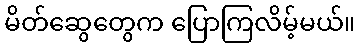
မိတ်ဆွေတွေက ပြောကြလိမ့်မယ်။